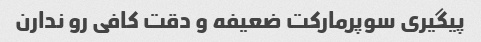
پیگیری سوپرمارکت ضعیفه و دقت کافی رو ندارن